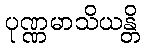
ပုဏ္ဏမာသိယန္တိ